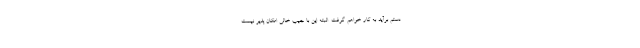
دستم برآید به کار خواهم گرفت. البته این با جیب خالی امکان پذیر نیست.